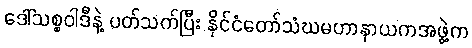
ဒေါ်သစ္စဝါဒီနဲ့ ပတ်သက်ပြီး နိုင်ငံတော်သံဃမဟာနာယကအဖွဲ့က